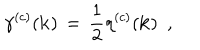
\gamma ^ { ( c ) } ( { \bf k } ) \, = \, \frac { 1 } { 2 } \eta ^ { ( c ) } ( { \bf k } ) \, \, \, ,